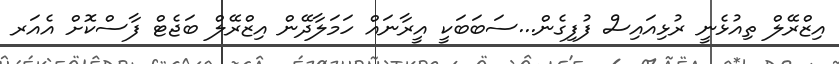
އިޒްރޭލް ތިއުޅެނީ ރުޅިއައިސް ފުފިގެން...ސަބަބަކީ އީރާނައް ހަމަލާދޭން އިޒްރޭލް ބަޖެޓް ފާސްކޮށް އެއަރ